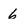
Character: 6